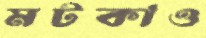
মটকাও